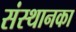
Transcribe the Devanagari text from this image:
संस्थानका